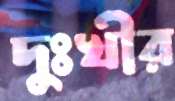
দুঃখীর